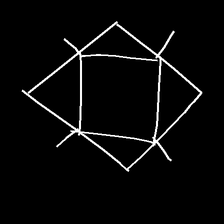
Glyph: light